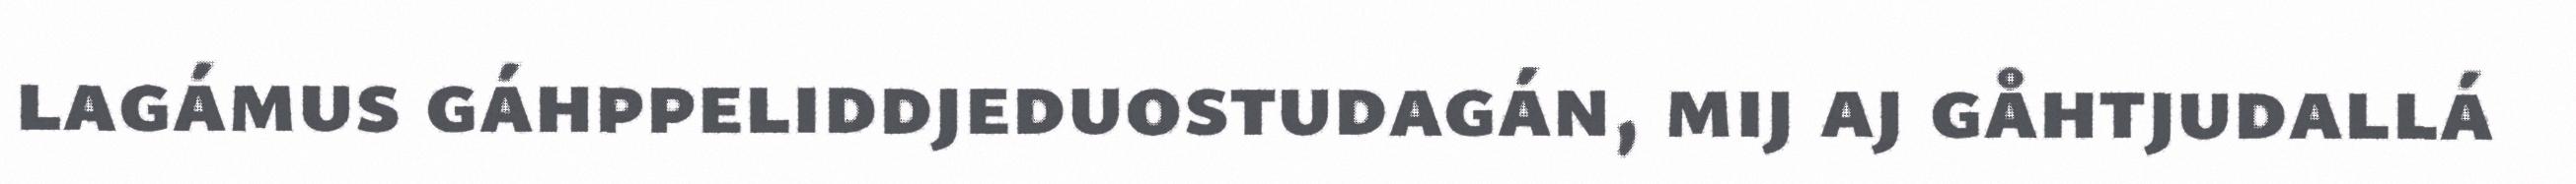
lagámus gáhppeliddjeduostudagán, mij aj gåhtjudallá